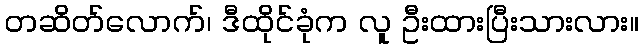
တဆိတ်လောက်၊ ဒီထိုင်ခုံက လူ ဦးထားပြီးသားလား။